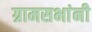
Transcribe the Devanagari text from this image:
ग्रामसभांनी